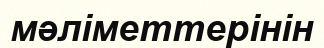
мәліметтерінін